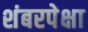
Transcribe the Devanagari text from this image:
शंबरपेक्षा